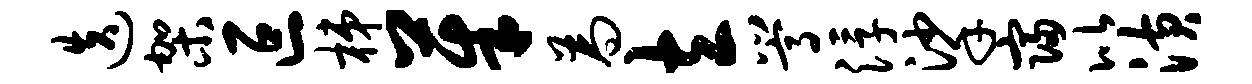
迭架叵梯茱为立嵩浮挲寝比潢